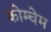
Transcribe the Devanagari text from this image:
कोम्चेम